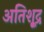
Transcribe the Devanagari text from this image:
अतिशू्द्र